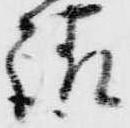
請